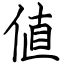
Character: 値